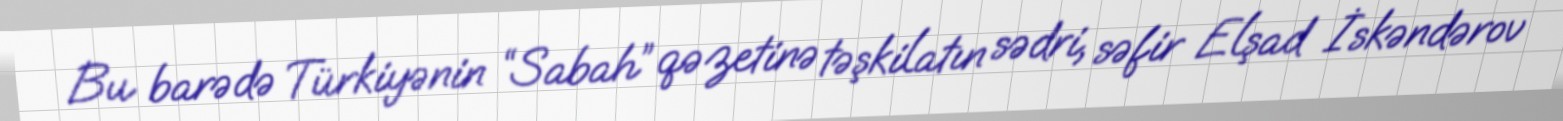
Bu barədə Türkiyənin “Sabah” qəzetinə təşkilatın sədri, səfir Elşad İskəndərov